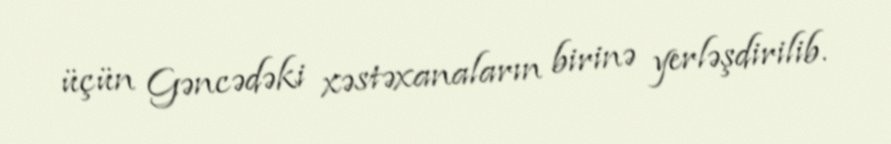
üçün Gəncədəki xəstəxanaların birinə yerləşdirilib.